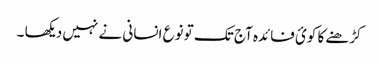
کڑھنے کا کوئ فائدہ آج تک تو نوع انسانی نے نہیں دیکھا ۔